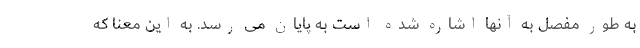
به طور مفصل به آنها اشاره شده است به پایان می رسد. به این معنا که